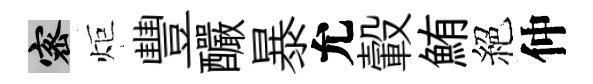
密炬豐釅暴允轂鮪絕仲